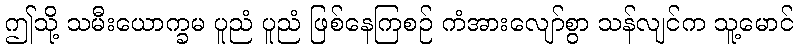
ဤသို့ သမီးယောက္ခမ ပူညံ ပူညံ ဖြစ်နေကြစဉ် ကံအားလျော်စွာ သန်လျင်က သူ့မောင်